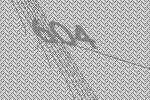
604